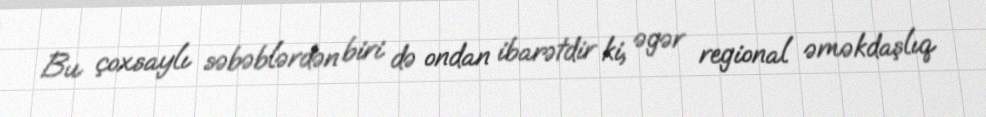
Bu çoxsaylı səbəblərdən biri də ondan ibarətdir ki, əgər regional əməkdaşlıq